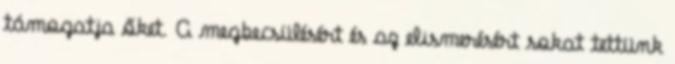
támogatja őket. A megbecsülésért és az elismerésért sokat tettünk